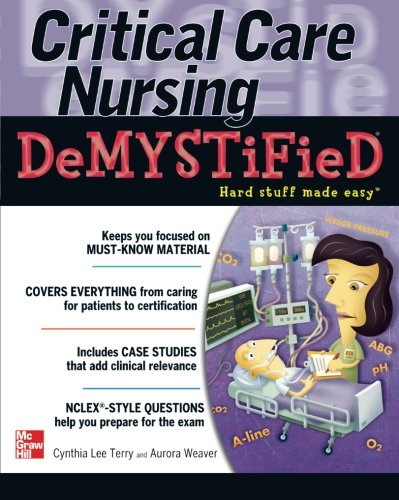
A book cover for Critical Care Nursing DeMYSTiFieD; Cynthia Terry; Medical Books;